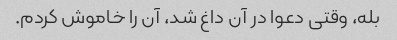
بله، وقتی دعوا در آن داغ شد، آن را خاموش کردم.